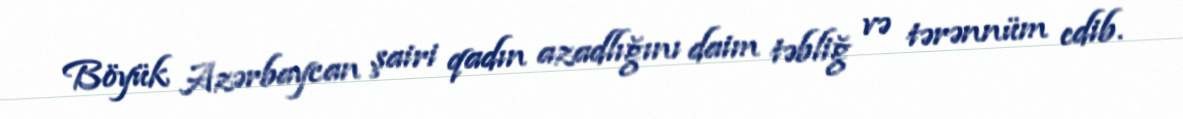
Böyük Azərbaycan şairi qadın azadlığını daim təbliğ və tərənnüm edib.